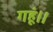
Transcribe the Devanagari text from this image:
गहूं॥